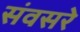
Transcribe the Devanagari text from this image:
संवसरे